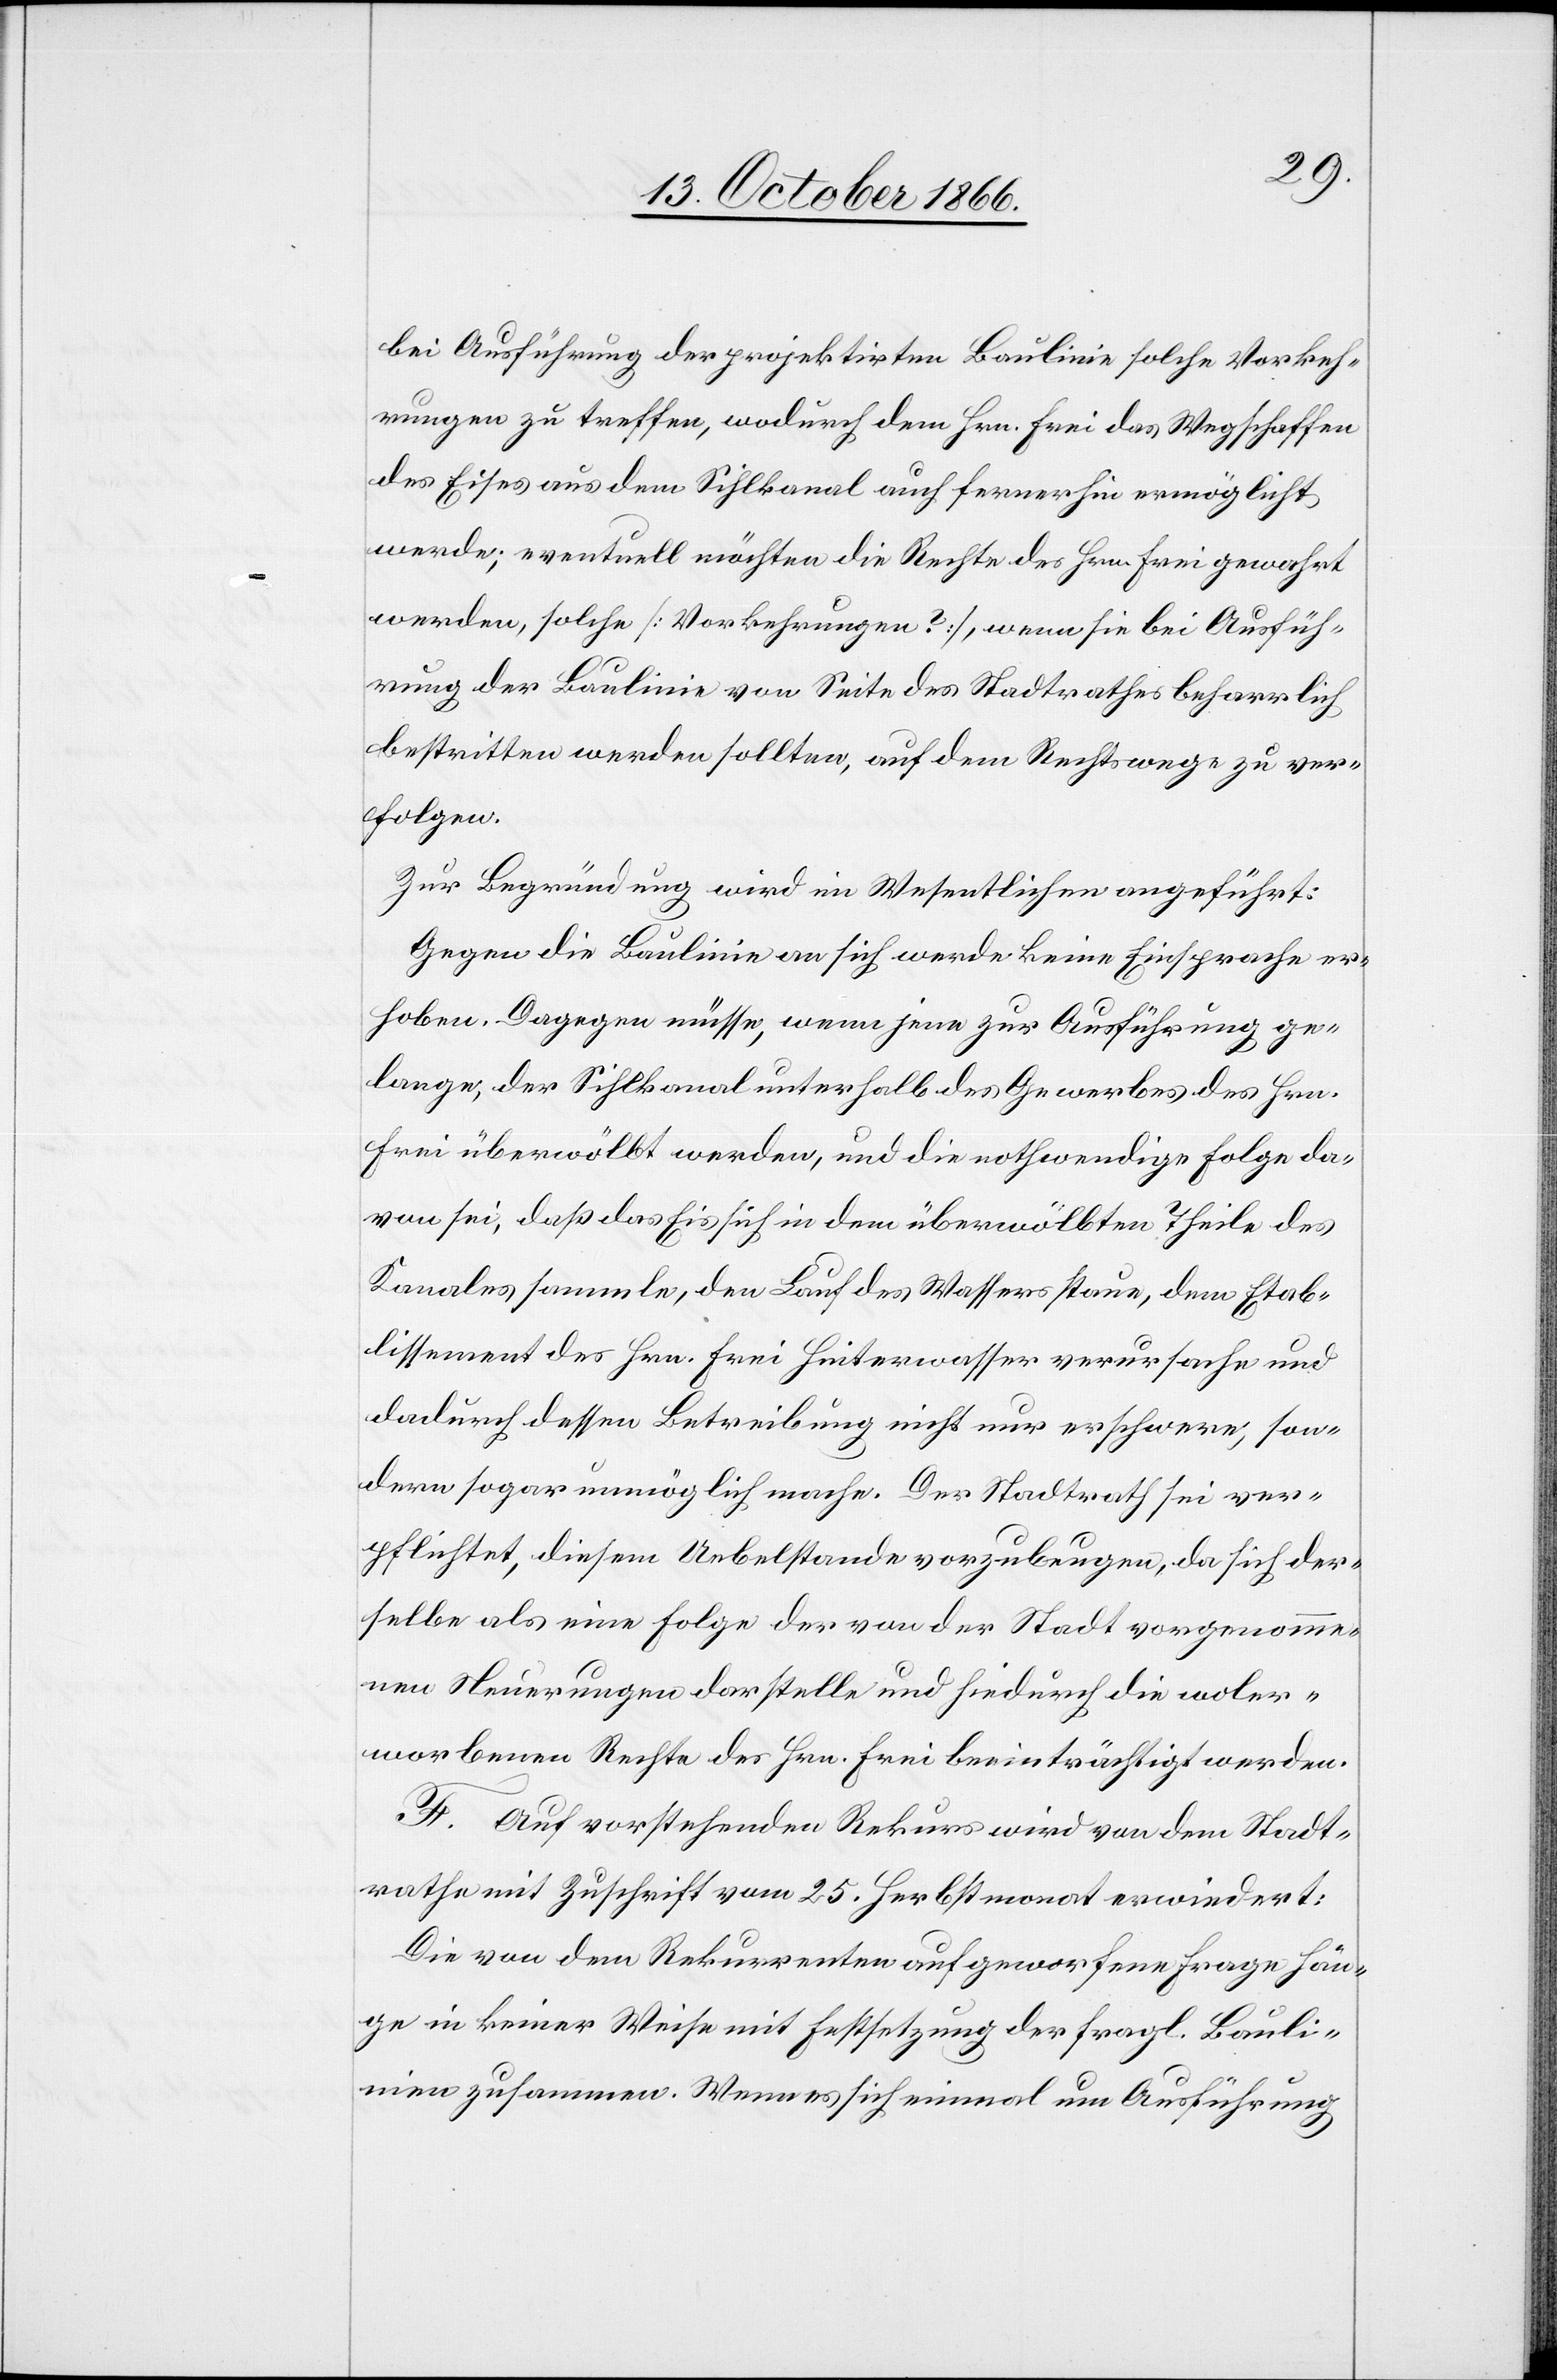
bei Ausführung der projektirten Baulinie solche Vorkeh¬
rungen zu treffen, wodurch dem Hrn. Frei das Wegschaffen
des Eises aus dem Sihlkanal auch fernerhin ermöglicht
werde; eventuell möchten die Rechte des Hrn. Frei gewahrt
werden, solche [Vorkehrungen?], wenn sie bei Ausfüh¬
rung der Baulinie von Seite des Stadtrathes beharrlich
bestritten werden sollten, auf dem Rechtswege zu ver¬
folgen.
Zur Begründung wird im Wesentlichen angeführt:
Gegen die Baulinie an sich werde keine Einsprache er¬
hoben. Dagegen müsse, wenn jene zur Ausführung ge¬
lange, der Sihlkanal unterhalb des Gewerbes des Hrn.
Frei überwölbt werden, und die nothwendige Folge da¬
von sei, daß das Eis sich in dem überwölbten Theile des
Kanales sammle, den Lauf des Wassers staue, dem Etab¬
lissement des Hrn. Frei Hinterwasser verursache und
dadurch dessen Betreibung nicht nur erschwere, son¬
dern sogar unmöglich mache. Der Stadtrath sei ver¬
pflichtet, diesem Uebelstande vorzubeugen, da sich der¬
selbe als eine Folge der von der Stadt vorgenomme¬
nen Neuerungen darstelle und hiedurch die woler¬
worbenen Rechte des Hrn. Frei beeinträchtigt werden.
F. Auf vorstehenden Rekurs wird von dem Stadt¬
rathe mit Zuschrift vom 25. Herbstmonat erwiedert:
Die von dem Rekurrenten aufgeworfene Frage hän¬
ge in keiner Weise mit Festsetzung der fragl. Bauli¬
nie zusammen. Wenn es sich einmal um Ausführung